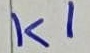
Text: K1